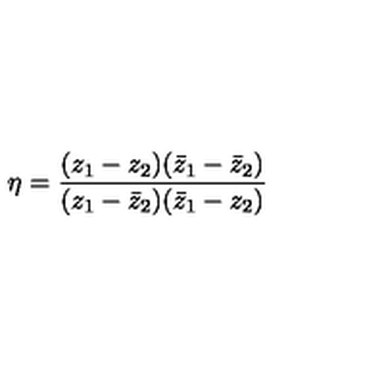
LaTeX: \eta = \frac { ( z _ { 1 } - z _ { 2 } ) ( \bar { z } _ { 1 } - \bar { z } _ { 2 } ) } { ( z _ { 1 } - \bar { z } _ { 2 } ) ( \bar { z } _ { 1 } - z _ { 2 } ) }